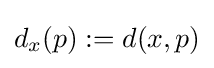
d_{x}(p):=d(x,p)